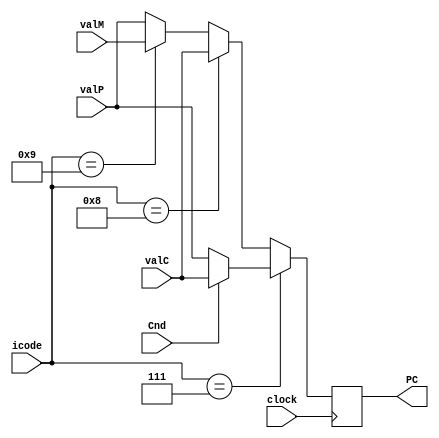
`timescale 1ns/10ps

module PCUpdate (clock, icode, Cnd, valP, valC, valM, PC);
// inputs
input clock;
input [3:0] icode;
input Cnd;
input [63:0] valP;
input [63:0] valC;
input [63:0] valM;

// outputs
output reg [63:0] PC;

reg [3:0] codeHalt   = 4'b0000;// 0
reg [3:0] codeNop    = 4'b0001;// 1
reg [3:0] codeCmovXX = 4'b0010;// 2
reg [3:0] codeIRmovq = 4'b0011;// 3
reg [3:0] codeRMmovq = 4'b0100;// 4
reg [3:0] codeMRmovq = 4'b0101;// 5
reg [3:0] codeOPq    = 4'b0110;// 6
reg [3:0] codeJXX    = 4'b0111;// 7
reg [3:0] codeCall   = 4'b1000;// 8
reg [3:0] codeRet    = 4'b1001;// 9
reg [3:0] codePushq  = 4'b1010;// A
reg [3:0] codePopq   = 4'b1011;// B

initial begin
    {PC} = 0;
end

always@(negedge clock)begin
  if (icode == codeJXX) begin
    if (Cnd == 1) begin
      PC = valC;
    end
    else begin
      PC = valP;
    end
  end
  else if (icode == codeCall) begin
    PC = valC;
  end
  else if (icode == codeRet) begin
    PC = valM;
  end
  else begin
    PC = valP;
  end
end

endmodule